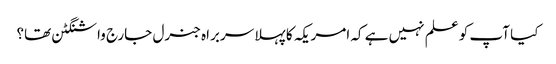
کیا آپ کو علم نہیں ہے کہ امریکہ کا پہلا سربراہ جنرل جارج واشنگٹن تھا؟